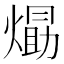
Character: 𭵹